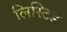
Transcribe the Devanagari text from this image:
लिस्टिड